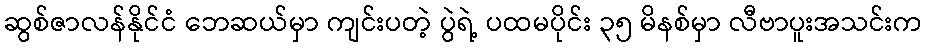
ဆွစ်ဇာလန်နိုင်ငံ ဘေဆယ်မှာ ကျင်းပတဲ့ ပွဲရဲ့ ပထမပိုင်း ၃၅ မိနစ်မှာ လီဗာပူးအသင်းက